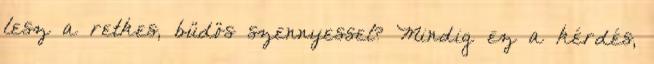
lesz a retkes, büdös szennyessel? Mindig ez a kérdés,